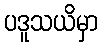
ပဒူသယိမှာ